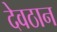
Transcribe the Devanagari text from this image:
देवठान